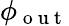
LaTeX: \phi_{\mathrm{~o~u~t~}}